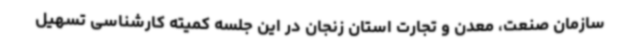
سازمان صنعت، معدن و تجارت استان زنجان در این جلسه کمیته کارشناسی تسهیل